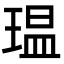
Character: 瑥